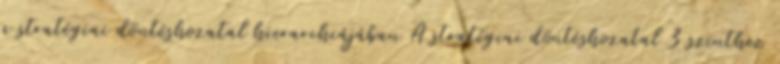
a stratégiai döntéshozatal hierarchiájában A stratégiai döntéshozatal 3 szinthez